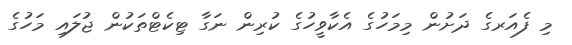
މި ފެއަރގެ ދަށުން މިމަހުގެ އެކާވީހުގެ ކުރިން ނަގާ ޓިކެޓްތަކުން ޖުލައި މަހުގެ